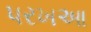
પરખઆ